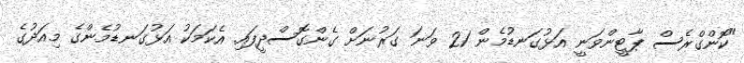
"ކޮންގްރެސް ޕާޓީންވަނީ އަޅުގަނޑުމެން 21 ވަނަ ގަރުނަށް ގެންގޮސްދީފައި. އެކަމަކު އަޅުގަނޑުމެންގެ މިއަދުގެ